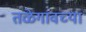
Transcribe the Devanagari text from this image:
तळेगावच्या